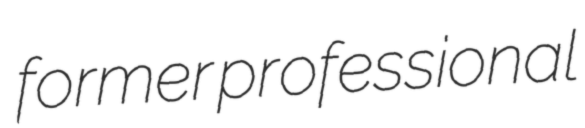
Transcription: former professional